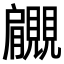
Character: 𧢞